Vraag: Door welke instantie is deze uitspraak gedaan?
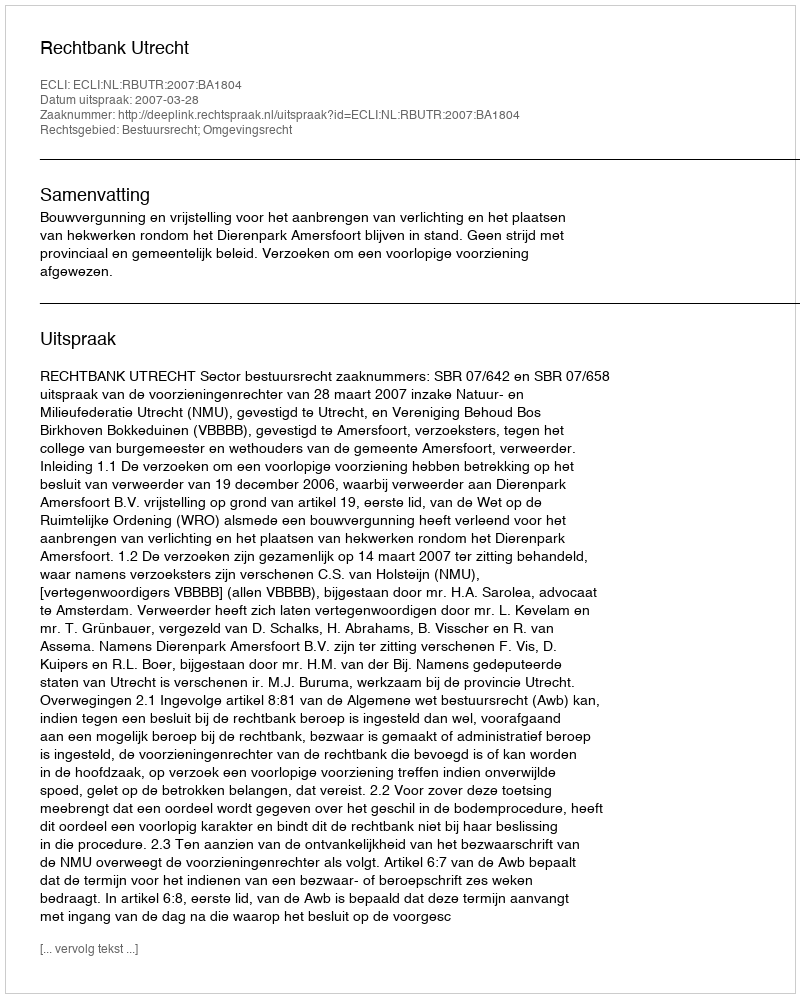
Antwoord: Rechtbank Utrecht